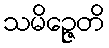
သမိဉ္ဇေတိ